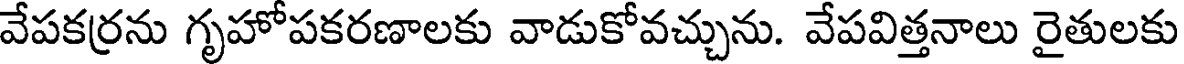
వేపకర్రను గృహోపకరణాలకు వాడుకోవచ్చును. వేపవిత్తనాలు రైతులకు